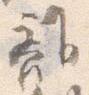
離